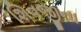
શિવજીના